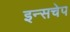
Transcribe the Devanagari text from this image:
इन्सचेप